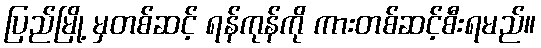
ပြည်မြို့ မှတစ်ဆင့် ရန်ကုန်ကို ကားတစ်ဆင့်စီးရမည်။